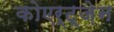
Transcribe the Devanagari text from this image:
कोएर्ट्ज़ेन